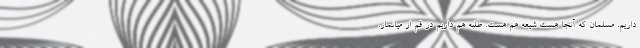
داریم. مسلمان که آنجا هست شیعه هم هست. طلبه هم داریم در قم از میانمار.